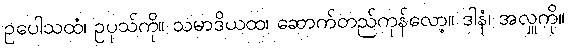
ဥပေါသထံ၊ ဥပုသ်ကို။ သမာဒိယထ၊ ဆောက်တည်ကုန်လော့။ ဒါနံ၊ အလှူကို။